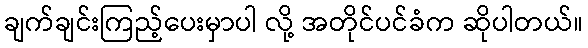
ချက်ချင်းကြည့်ပေးမှာပါ လို့ အတိုင်ပင်ခံက ဆိုပါတယ်။